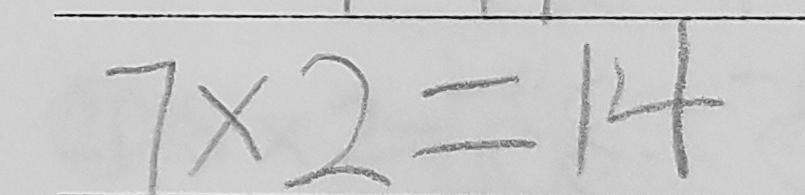
7 \times 2 = 1 4